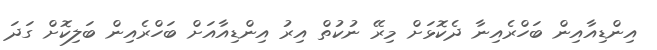
އިންޑިއާއިން ބަހްރެއިނާ ދެކޮޅަށް މިރޭ ނުކުތް އިރު އިންޑިއާއަށް ބަހްރެއިން ބަލިކޮށް ގަދަ